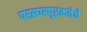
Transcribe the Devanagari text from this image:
परस्परपूरकतेचे